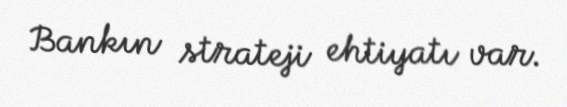
Bankın strateji ehtiyatı var.